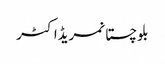
بلوچستانمریڈاکٹر